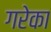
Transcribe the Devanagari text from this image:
गरेका